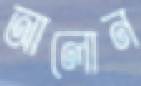
আলোন